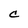
Character: C